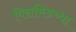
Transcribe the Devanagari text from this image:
पिरामिडच्या